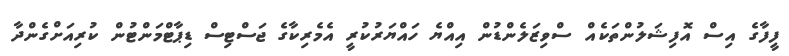
ފީފާގެ އިސް އޮފިޝަލުންތަކެއް ސްވިޒަލެންޑުން އިއްޔެ ހައްޔަރުކުރީ އެމެރިކާގެ ޖަސްޓިސް ޑިޕާޓްމަންޓުން ކުރިއަށްގެންދާ